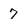
Character: 7